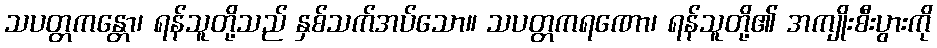
သပတ္တကန္တော၊ ရန်သူတို့သည် နှစ်သက်အပ်သော။ သပတ္တကရဏော၊ ရန်သူတို့၏ အကျိုးစီးပွားကို